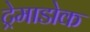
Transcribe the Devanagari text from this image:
ट्रेमाडोक